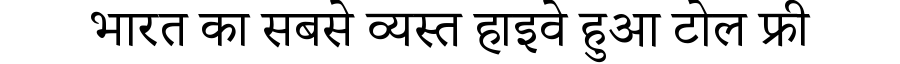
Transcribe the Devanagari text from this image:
भारत का सबसे व्यस्त हाइवे हुआ टोल फ्री